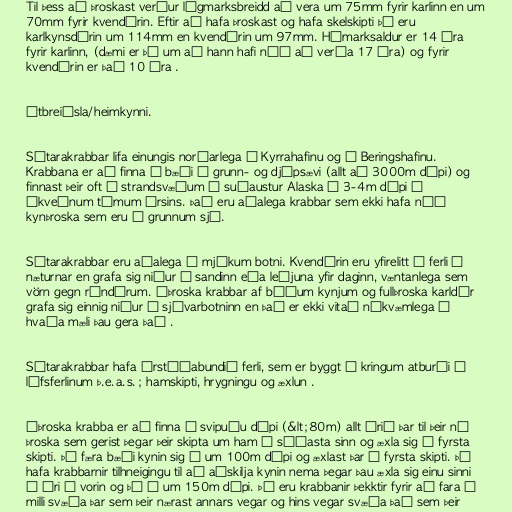
Til þess að þroskast verður lágmarksbreidd að vera um 75mm fyrir karlinn en um
70mm fyrir kvendýrin. Eftir að hafa þroskast og hafa skelskipti þá eru
karlkynsdýrin um 114mm en kvendýrin um 97mm. Hámarksaldur er 14 ára
fyrir karlinn, (dæmi er þó um að hann hafi náð að verða 17 ára) og fyrir
kvendýrin er það 10 ára .

Útbreiðsla/heimkynni.

Sútarakrabbar lifa einungis norðarlega í Kyrrahafinu og í Beringshafinu.
Krabbana er að finna á bæði á grunn- og djúpsævi (allt að 3000m dýpi) og
finnast þeir oft á strandsvæðum í suðaustur Alaska í 3-4m dýpi á
ákveðnum tímum ársins. Það eru aðalega krabbar sem ekki hafa náð
kynþroska sem eru í grunnum sjó.

Sútarakrabbar eru aðalega á mjúkum botni. Kvendýrin eru yfirelitt á ferli á
næturnar en grafa sig niður í sandinn eða leðjuna yfir daginn, væntanlega sem
vörn gegn rándýrum. Óþroska krabbar af báðum kynjum og fullþroska karldýr
grafa sig einnig niður í sjávarbotninn en það er ekki vitað nákvæmlega í
hvaða mæli þau gera það .

Sútarakrabbar hafa árstíðabundið ferli, sem er byggt í kringum atburði á
lífsferlinum þ.e.a.s.; hamskipti, hrygningu og æxlun .

Óþroska krabba er að finna á svipuðu dýpi (&lt;80m) allt árið þar til þeir ná
þroska sem gerist þegar þeir skipta um ham í síðasta sinn og æxla sig í fyrsta
skipti. Þá færa bæði kynin sig í um 100m dýpi og æxlast þar í fyrsta skipti. Þá
hafa krabbarnir tilhneigingu til að aðskilja kynin nema þegar þau æxla sig einu sinni
á ári á vorin og þá í um 150m dýpi. Þá eru krabbanir þekktir fyrir að fara á
milli svæða þar sem þeir nærast annars vegar og hins vegar svæða það sem þeir